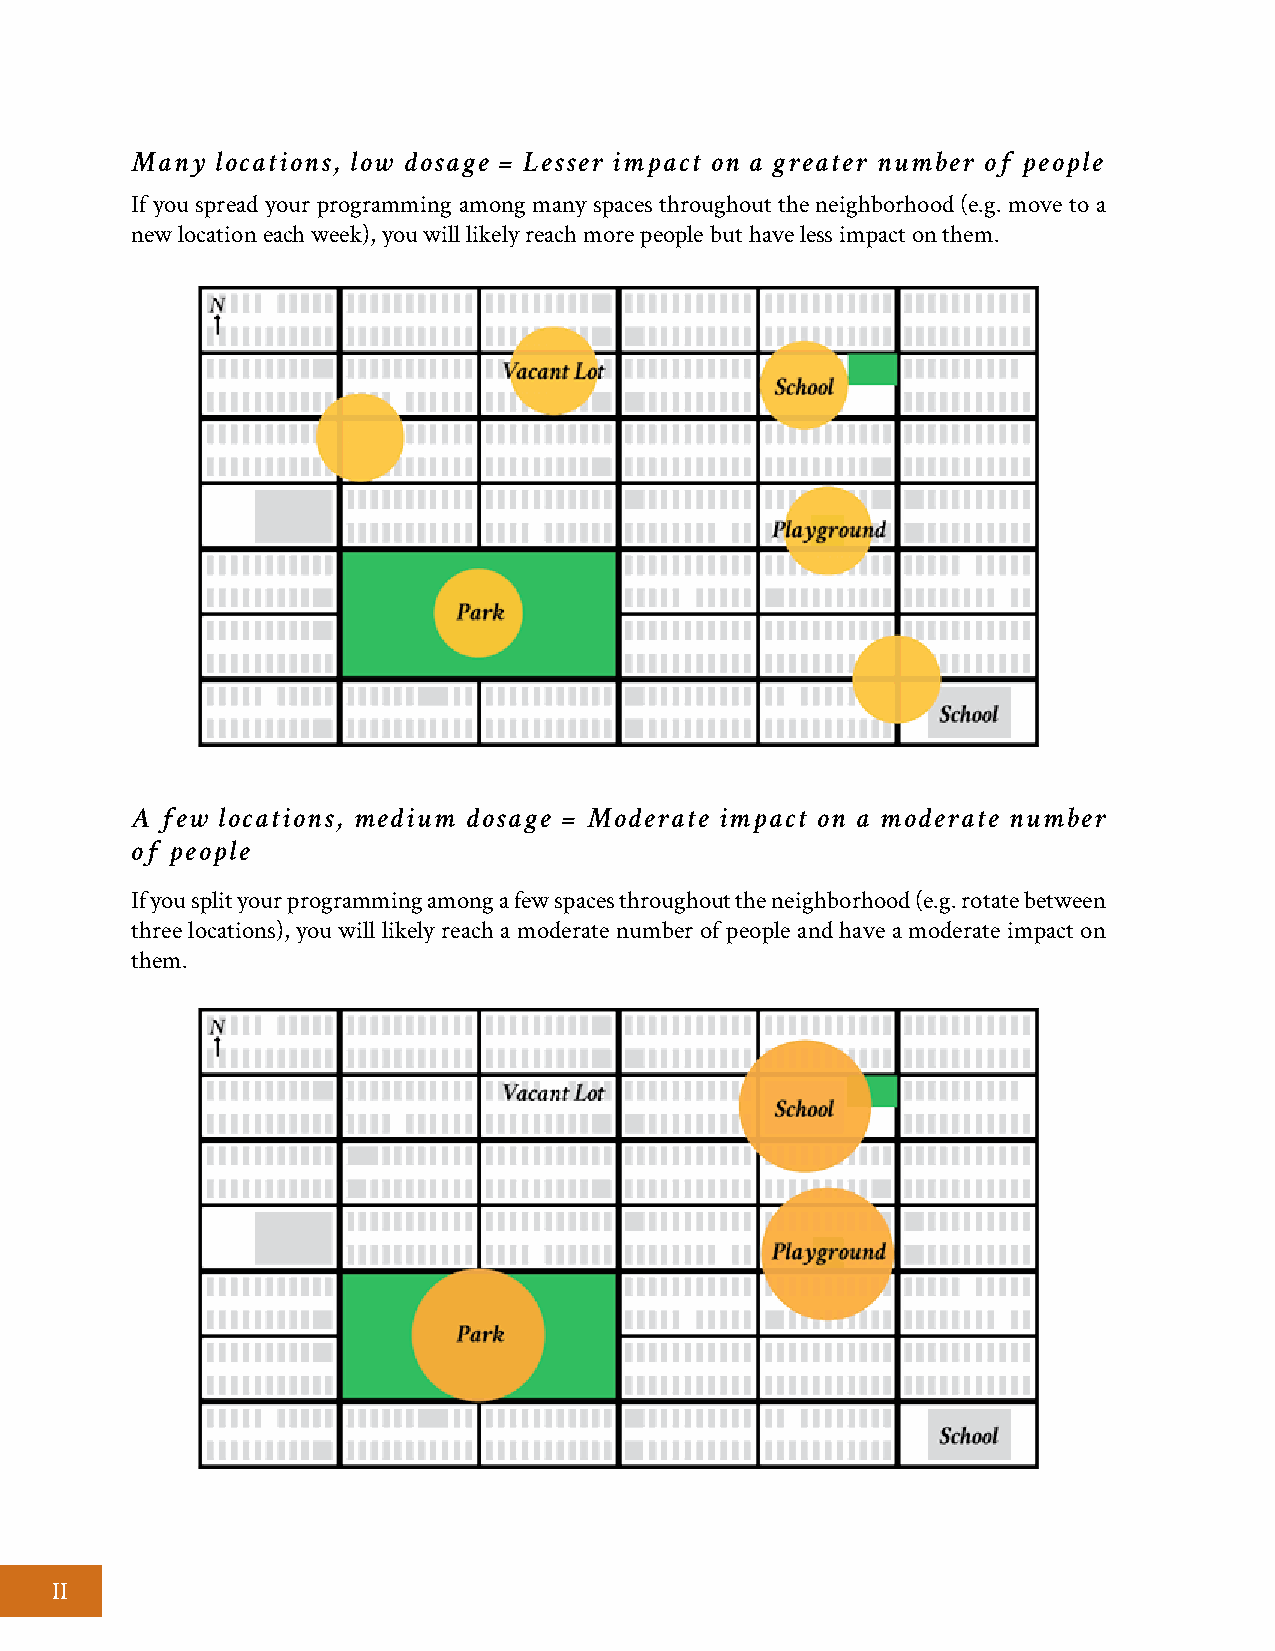
Many locations, low dosage = Lesser impact on a greater number of people
 If you spread your programming among many spaces throughout the neighborhood (e.g. move to a
 new location each week), you will likely reach more people but have less impact on them.
 A few locations, medium dosage = Moderate impact on a moderate number
 of people
 If you split your programming among a few spaces throughout the neighborhood (e.g. rotate between
 three locations), you will likely reach a moderate number of people and have a moderate impact on
 them.
 II